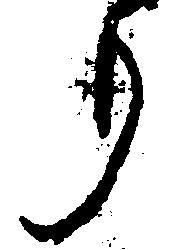
り